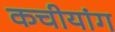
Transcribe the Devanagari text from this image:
कचीयांग